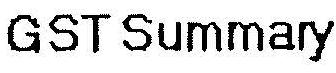
GST SUMMARY